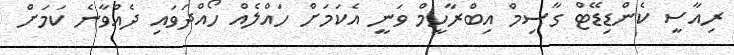
ރިއާސީ ކެންޑިޑޭޓް ގާސިމް އިބްރާހީމް ވަނީ އެކަމަށް ހައްލެއް ހޯއްދަވައި ދެއްވާނެ ކަމަށް